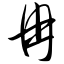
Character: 冉